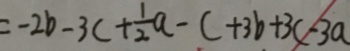
= - 2 b - 3 c + \frac { 1 } { 2 } a - c + 3 b + 3 c - 3 a